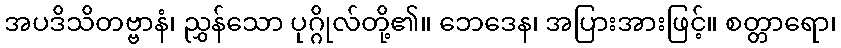
အပဒိသိတဗ္ဗာနံ၊ ညွှန်သော ပုဂ္ဂိုလ်တို့၏။ ဘေဒေန၊ အပြားအားဖြင့်။ စတ္တာရော၊